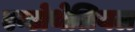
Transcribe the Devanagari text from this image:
एन्डोथेलियल